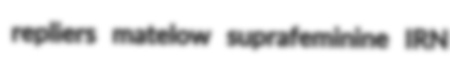
repliers matelow suprafeminine IRN